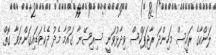
ލަންކާގެ ރައީސް މަހިންދަ ރާޖަޕަކްސް ވިދާޅުވަނީ ސިރިސޭނާ ގައުމާ މެދު ދެކެވަޑައިގަންނަވާ ގޮތް